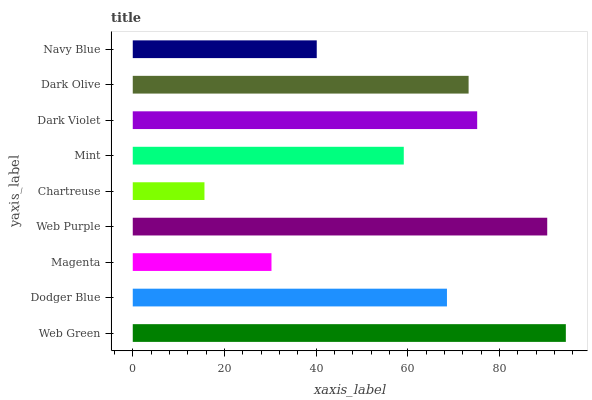
| yaxis_label | bars |
 | --- | --- |
 | Web Green | 94.5 |
 | Dodger Blue | 68.5 |
 | Magenta | 30.3 |
 | Web Purple | 90.4 |
 | Chartreuse | 15.6 |
 | Mint | 59.1 |
 | Dark Violet | 75.1 |
 | Dark Olive | 73.3 |
 | Navy Blue | 40.1 |